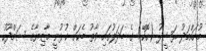
މުހައްމަދު ރަޝީދު (ހޮކޭ) ގެ ބަދަލުގައި ވާތު ބެކަށް ކުޅުނީ މާޒިޔާގެ ސަމްދޫހު